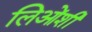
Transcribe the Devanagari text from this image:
लिओंशी